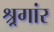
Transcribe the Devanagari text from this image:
श्र्रगांर